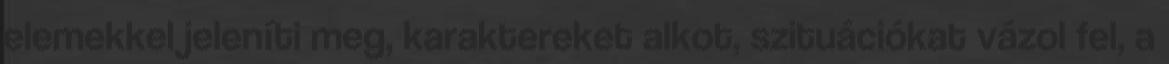
elemekkel jeleníti meg, karaktereket alkot, szituációkat vázol fel, a